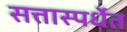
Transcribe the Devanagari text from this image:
सत्तास्पर्धेत